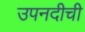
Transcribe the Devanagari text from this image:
उपनदीची